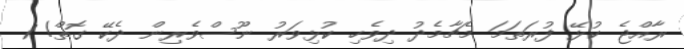
ރާއްޖެ ކުޅޭ ފުރަތަމަ މެޗާމެދު ދިވެހި ކުޅިވަރު ނޫސްވެރިން ދެކޭ ގޮތް! 1